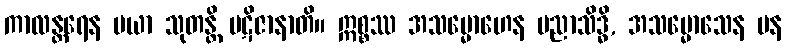
ကာလန္တရေန မယာ သုတန္တိ ပဋိဇာနာတိ။ ဣစ္စဿ အသမ္မောဟေန ပညာသိဒ္ဓိ, အသမ္မောသေန ပန